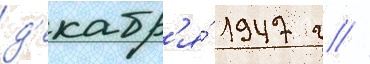
д'екабр'я́ 1947 г //